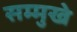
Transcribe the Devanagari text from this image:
सम्मुखे